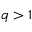
q > 1